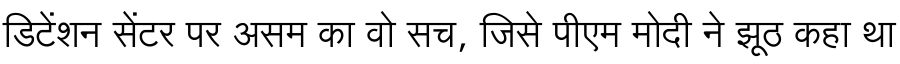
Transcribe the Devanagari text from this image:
डिटेंशन सेंटर पर असम का वो सच, जिसे पीएम मोदी ने झूठ कहा था